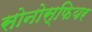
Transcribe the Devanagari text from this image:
सोनोस्फियर